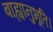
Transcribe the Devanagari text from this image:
बाह्यानुभूति।